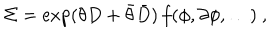
\Sigma = \exp ( \theta D + \bar { \theta } \bar { D } ) \, f ( \phi , \partial \phi , \ldots ) \ ,